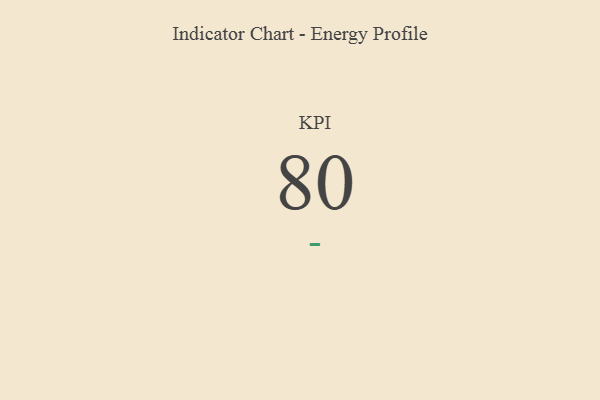
{"axis": {"x": "KPI", "y": "Value"}, "legend": [""], "data": [{"x": "KPI", "y": 80, "type": ""}]}